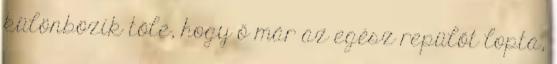
különbözik tőle, hogy ő már az egész repülőt lopta,